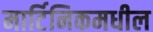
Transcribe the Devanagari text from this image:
मार्टिनिकमधील